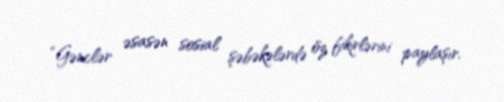
“Gənclər əsasən sosial şəbəkələrdə öz fikirlərini paylaşır.